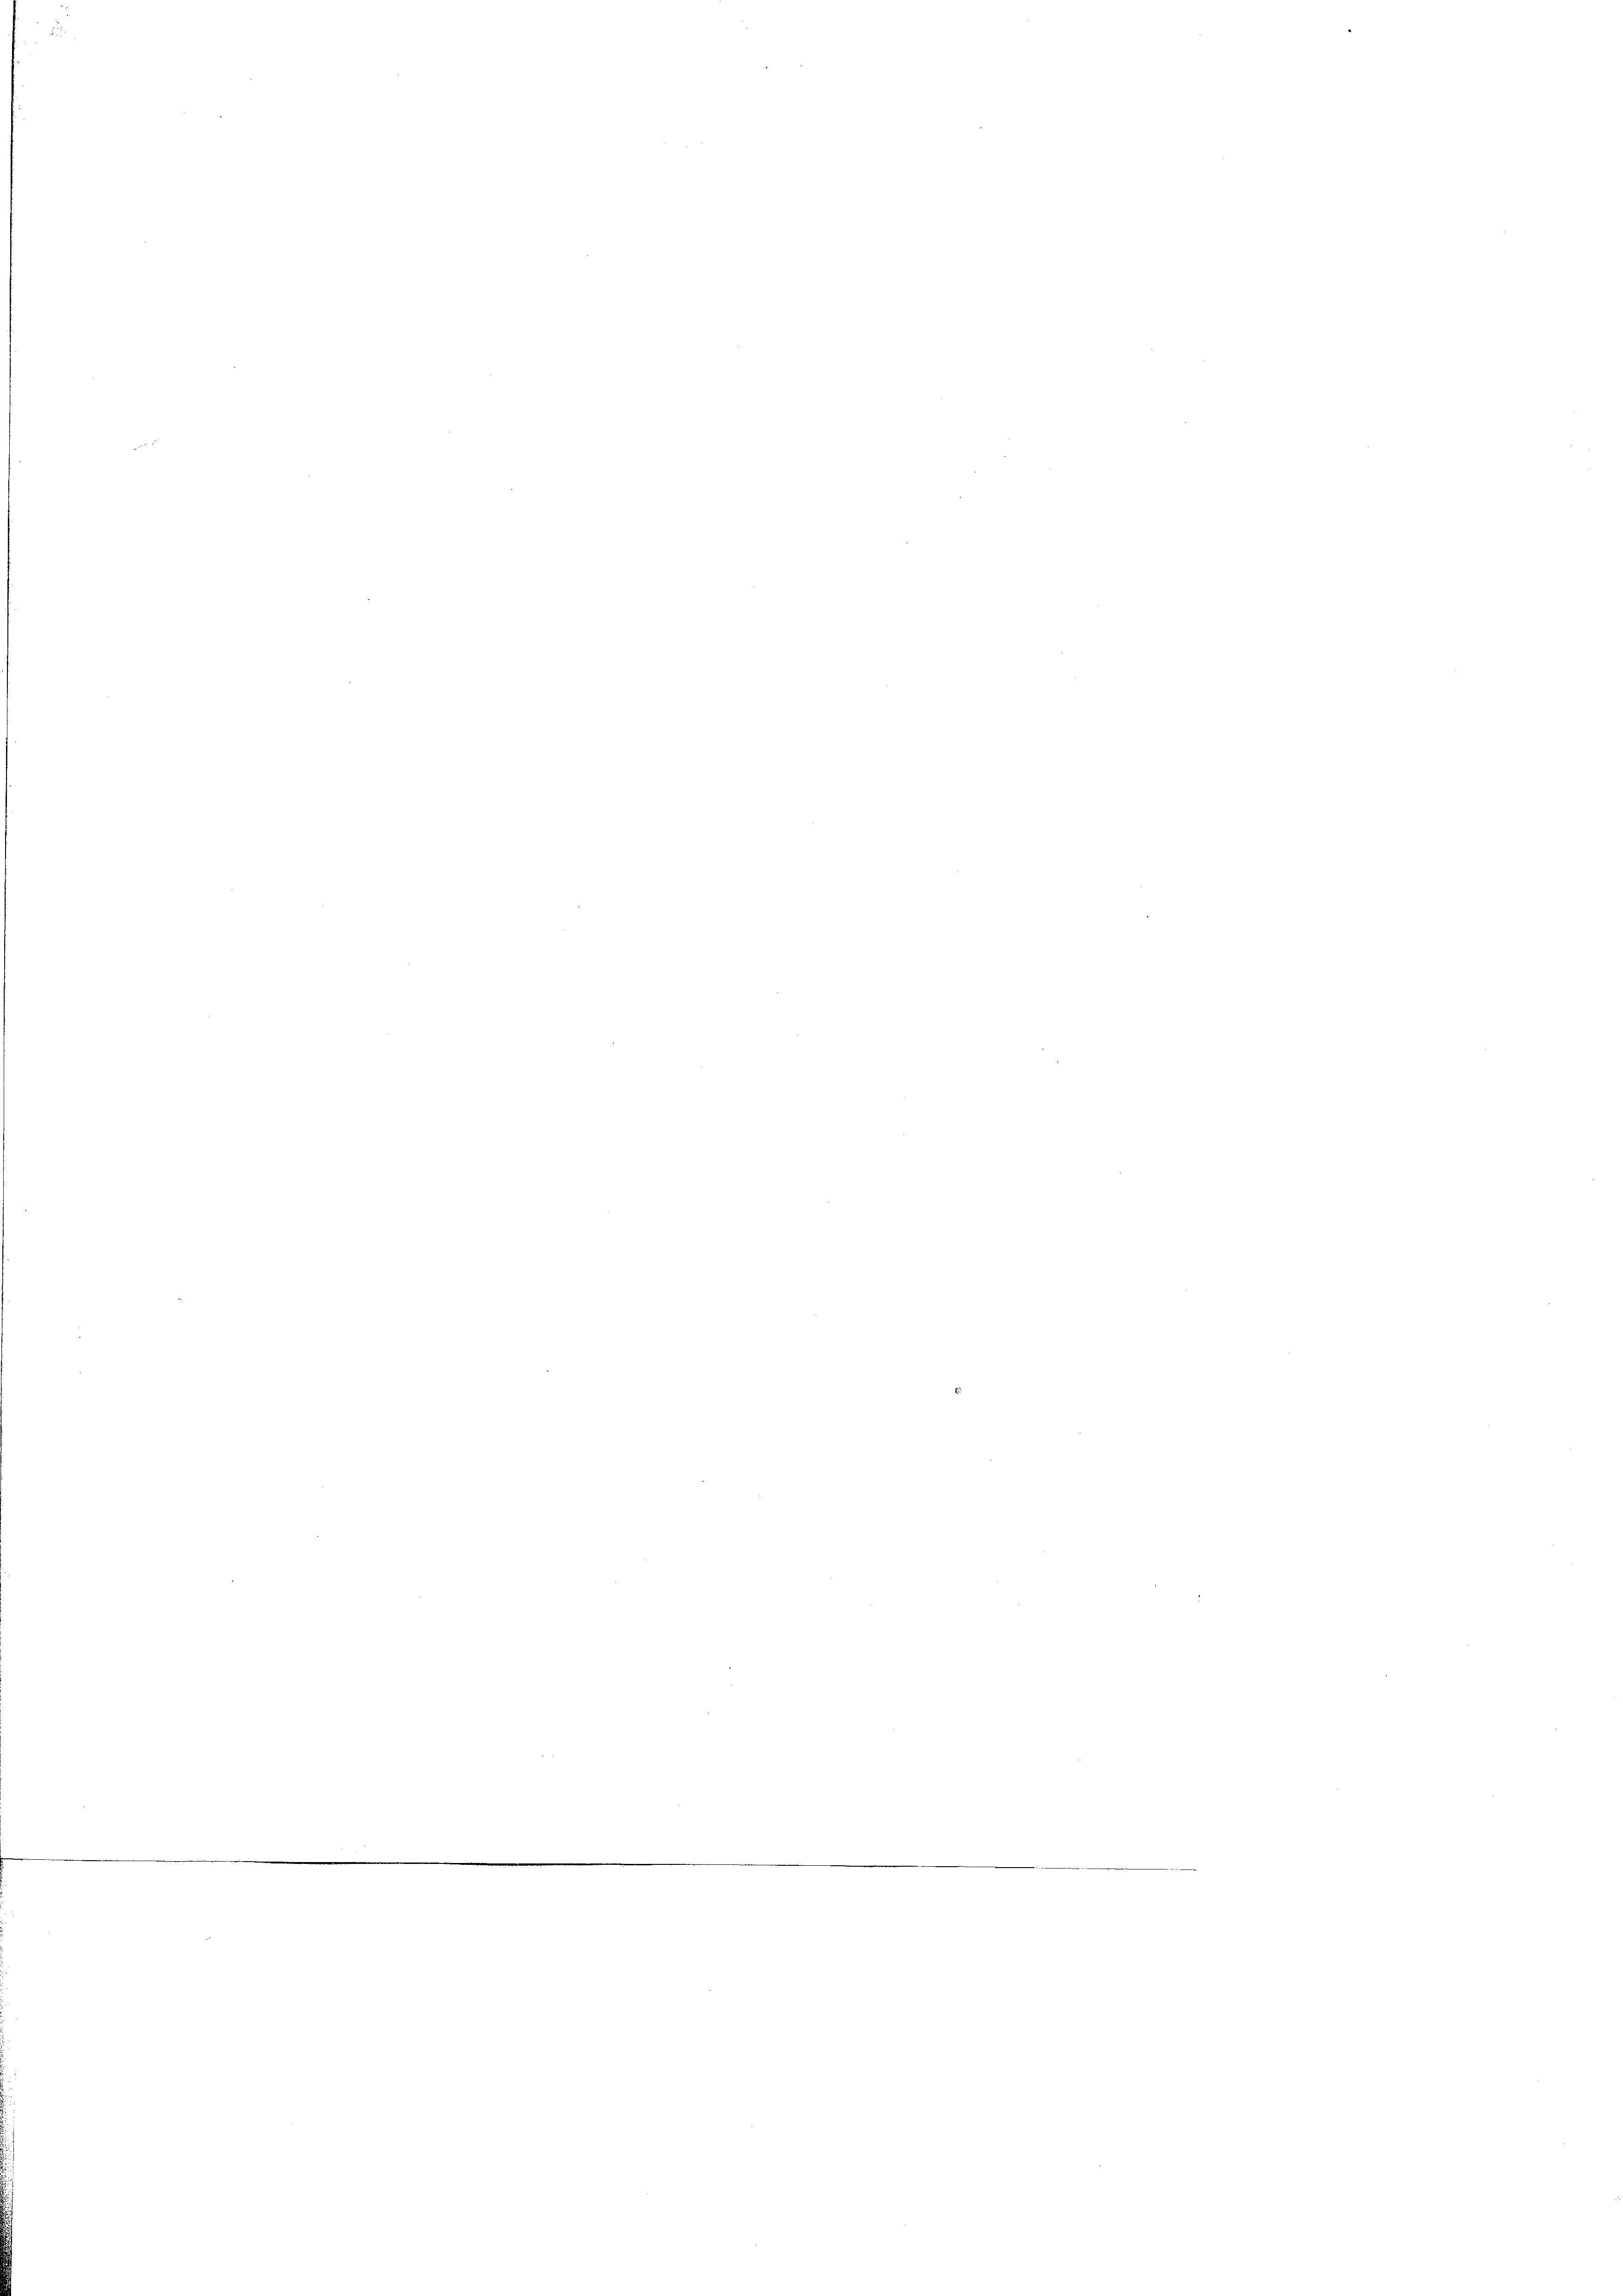
.

n

.